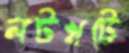
লটখটে